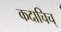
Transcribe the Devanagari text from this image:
कदाचिच्